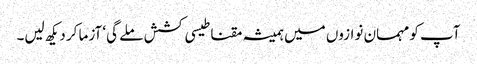
آپ کو مہمان نوازوں میں ہمیشہ مقناطیسی کشش ملے گی‘ آزما کر دیکھ لیں۔